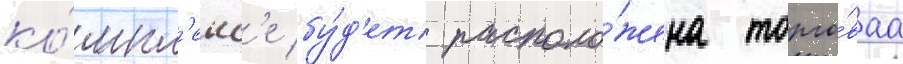
ко́мпл'екс'е бу́д'ет располо́жена торго́ваа